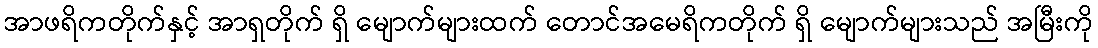
အာဖရိကတိုက်နှင့် အာရှတိုက် ရှိ မျောက်များထက် တောင်အမေရိကတိုက် ရှိ မျောက်များသည် အမြီးကို